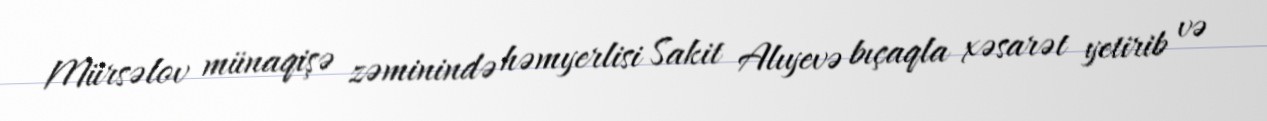
Mürsəlov münaqişə zəminində həmyerlisi Sakit Alıyevə bıçaqla xəsarət yetirib və